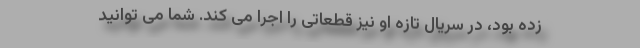
زده بود، در سریال تازه او نیز قطعاتی را اجرا می کند. شما می توانید